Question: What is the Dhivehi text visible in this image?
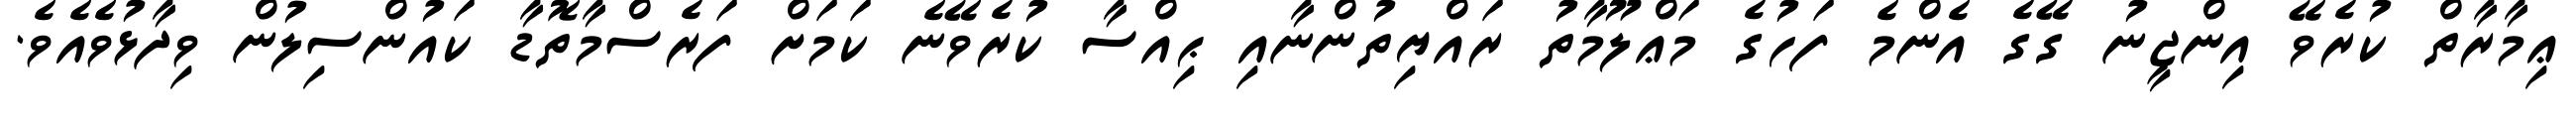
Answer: ޢިމާރާތް ކުރެވޭ އިންޖީނު ގޭގެ އެންމެ ފަހުގެ މަޢްލޫމާތު ރައްޔިތުންނާއި ޙިއްސާ ކުރެވޭނެ ކަމަށް ފަރެސްމާތޮޑާ ކައުންސިލުން ވިދާޅުވެއެވެ.